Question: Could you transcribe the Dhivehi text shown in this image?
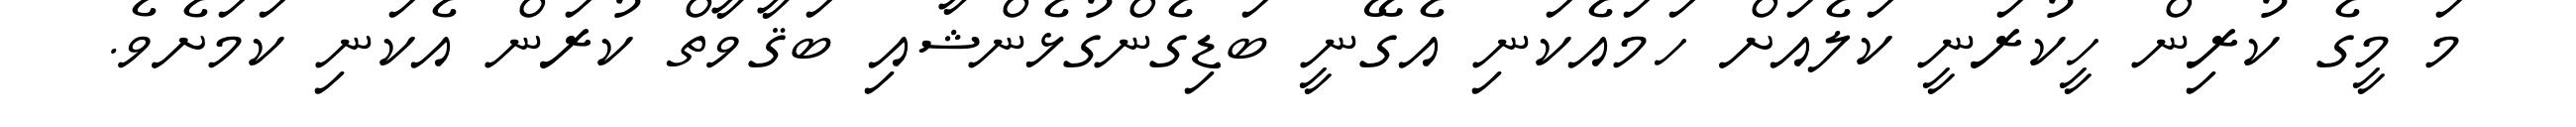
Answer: މަ މީގެ ކުރިން ހީކުރަނީ ކަލެއަށް ހަމައެކަނި އެގޭނީ ބަޑިގެންގުޅެންޝާއި ބަޤާވާތް ކުރަން އެކަނި ކަމަށެވެ.